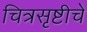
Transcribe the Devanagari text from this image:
चित्रसृष्टीचे